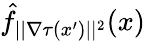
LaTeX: \hat{f}_{||\nabla\tau(x^{\prime})||^{2}}(x)